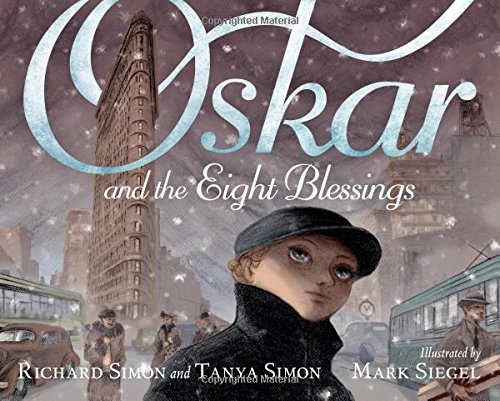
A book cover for Oskar and the Eight Blessings; Tanya Simon; Children's Books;